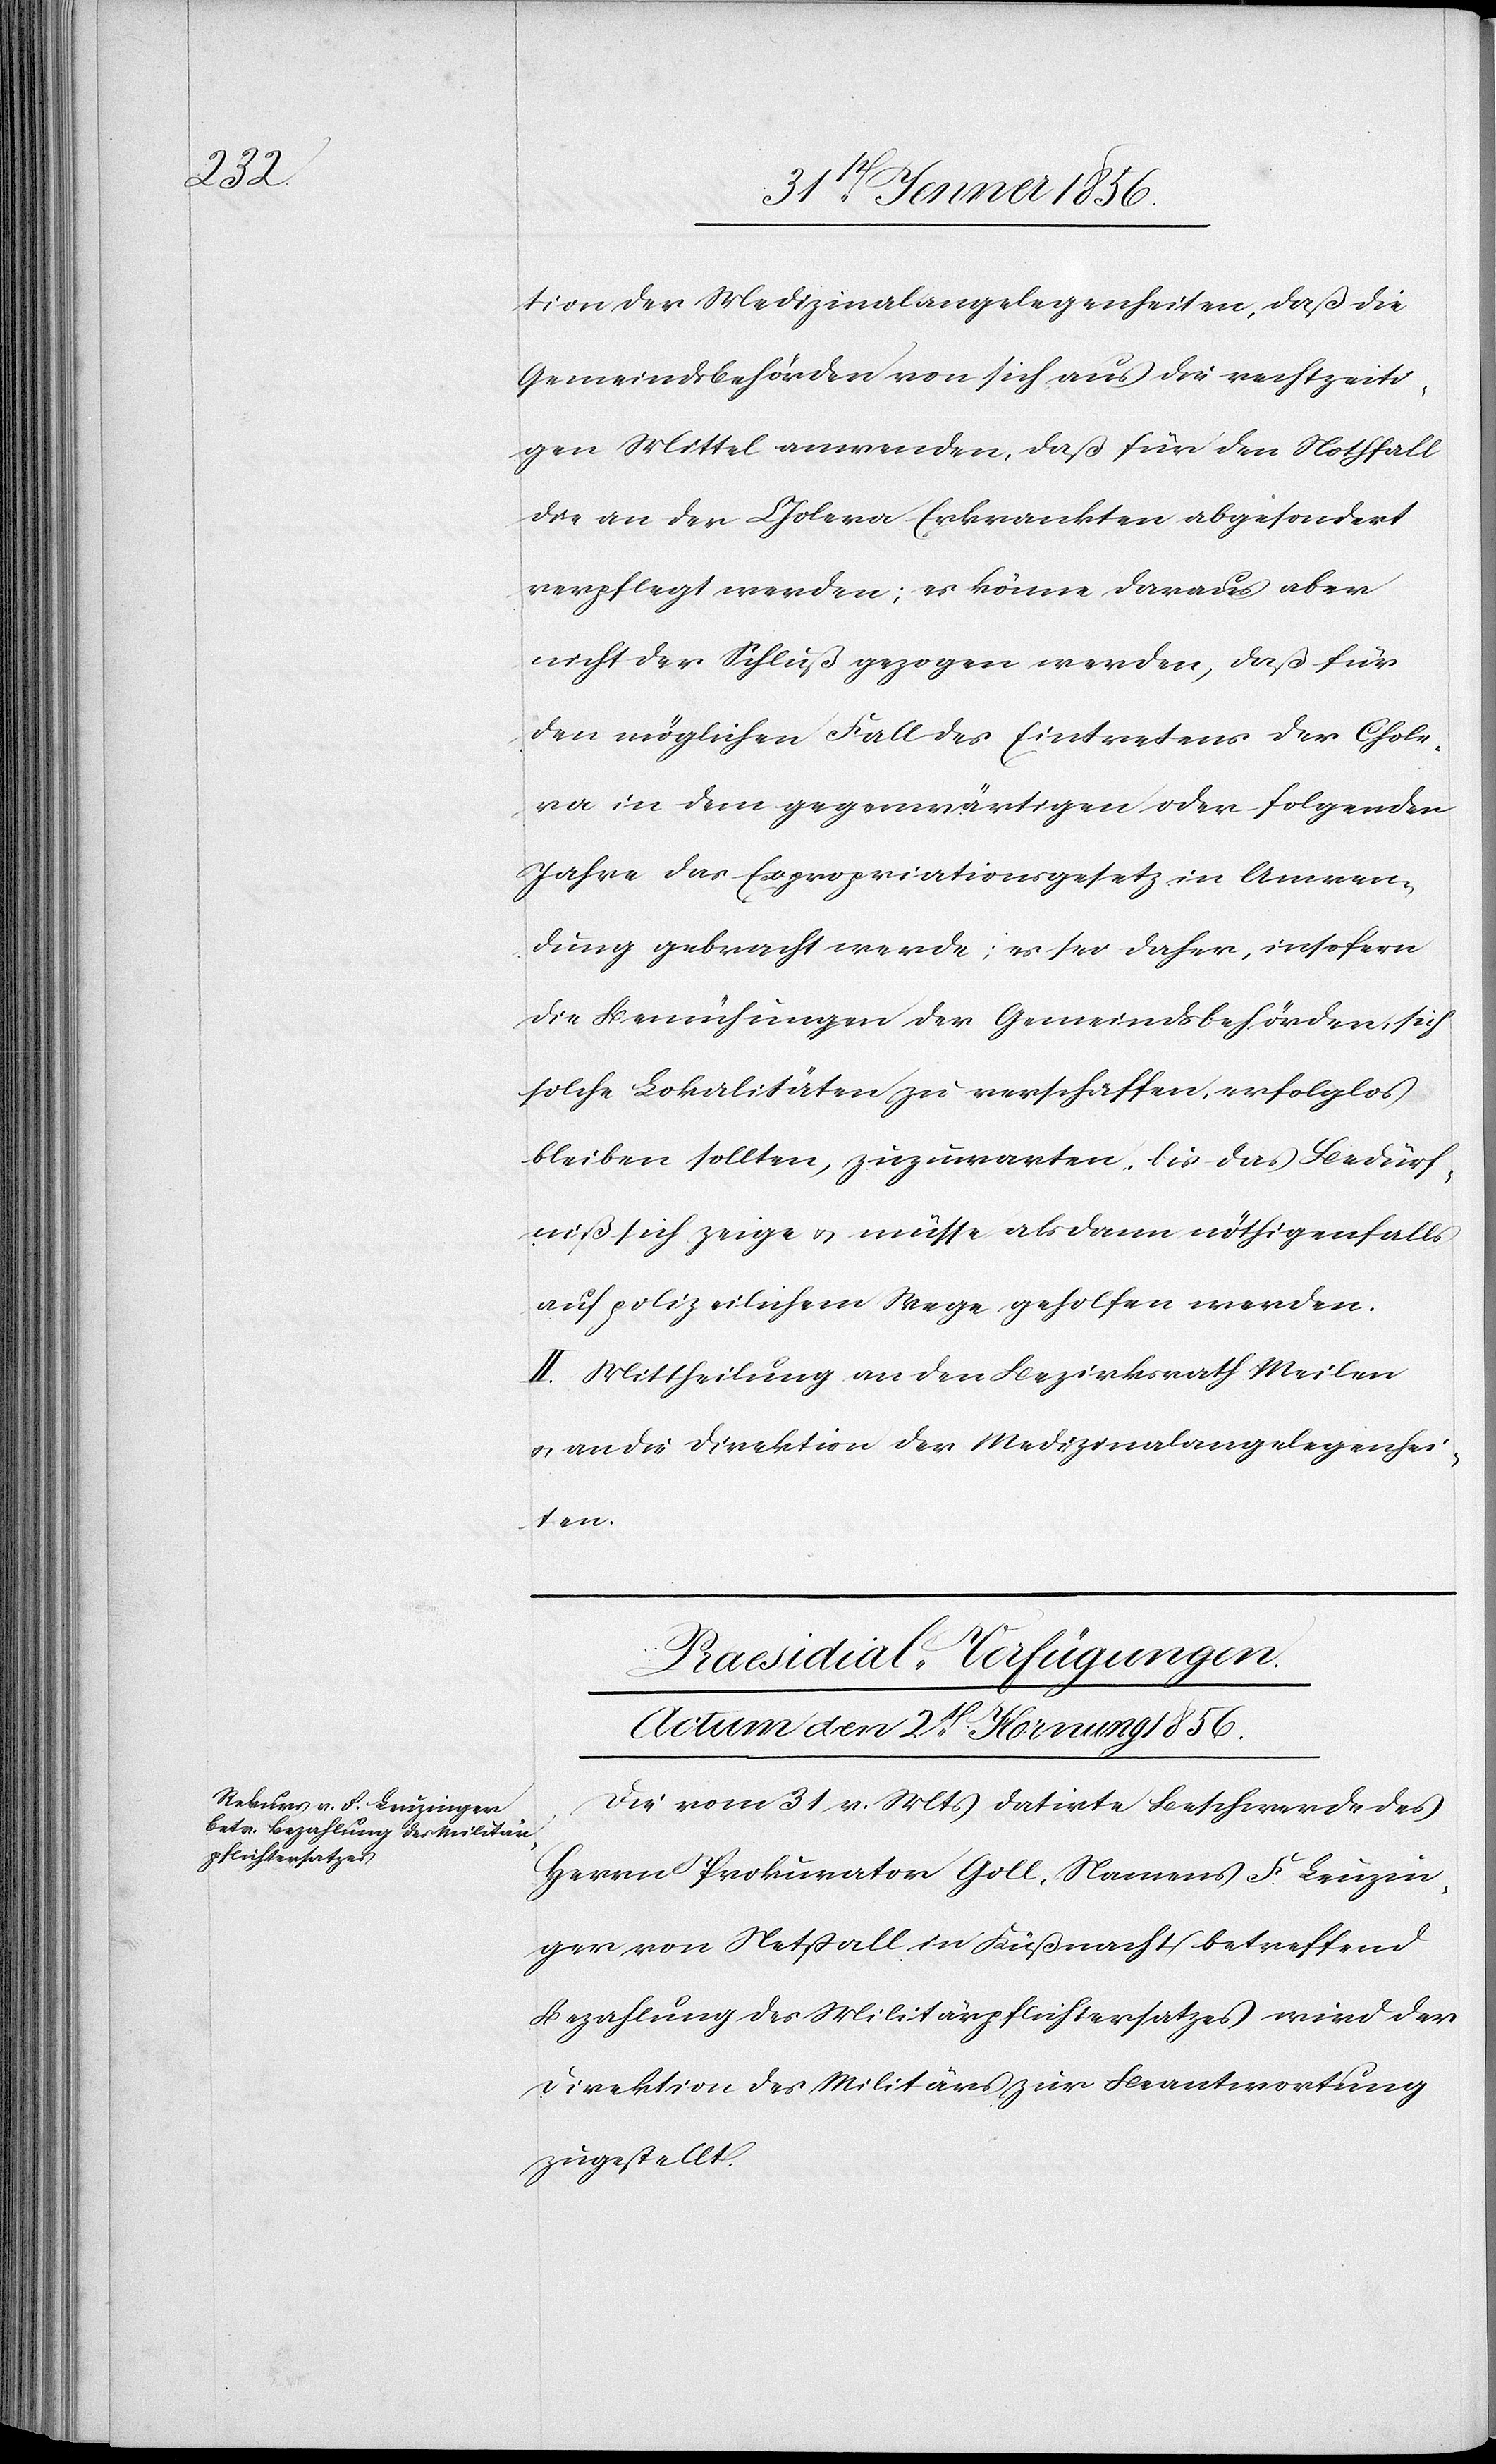
tion der Medizinalangelegenheiten, daß die
Gemeindsbehörden von sich aus die rechtzeiti¬
gen Mittel anwenden, daß für den Nothfall
die an der Cholera Erkrankten abgesondert
verpflegt werden; es könne daraus aber
nicht der Schluß gezogen werden, daß für
den möglichen Fall des Eintretens der Chole¬
ra in dem gegenwärtigen oder folgenden
Jahre das Expropriationsgesetz in Anwen¬
dung gebracht werde; es sei daher, insofern
die Bemühungen der Gemeindsbehörden, sich
solche Lokalitäten zu verschaffen, erfolglos
bleiben sollten, zuzuwarten, bis das Bedürf¬
niß sich zeige u. müsse als dann nöthigenfalls
auf polizeilichem Wege geholfen werden.
II. Mittheilung an den Bezirksrath Meilen
u. an die Direktion der Medizinalangelegenhei¬
ten.
Praesidial-Verfügungen.
Actum den 2t Hornung 1856.
Die vom 31 v. Mts datirte Beschwerde des
Herrn Prokurator Goll, Namens F. Leuzin¬
ger von Netstall in Küßnacht betreffend
Bezahlung des Militärpflichtersatzes wird der
Direktion des Militärs zur Beantwortung
zugestellt.